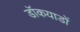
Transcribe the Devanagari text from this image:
डॉकयाडों